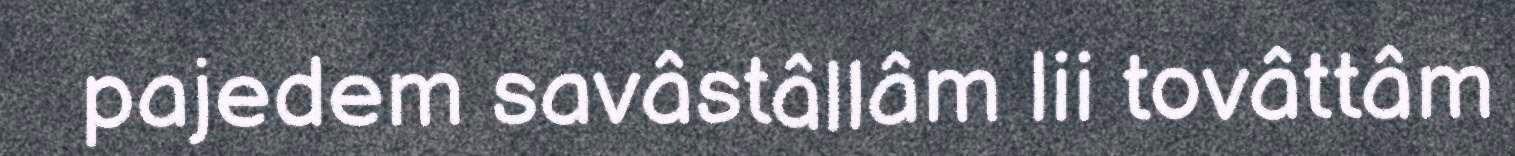
pajedem savâstâllâm lii tovâttâm